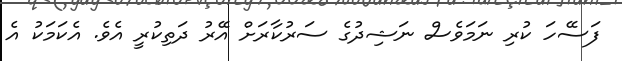
ފަސޭހަ ކުރި ނަމަވެސް ނަޝިދުގެ ސަރުކާރަށް އޭރު ދަތިކުރީ އެވެ. އެކަމަކު އެ